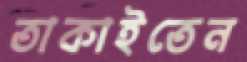
তাকাইতেন